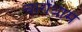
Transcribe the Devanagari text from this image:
चारोंधाम